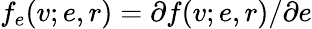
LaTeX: f_{e}(v;e,r)=\partial f(v;e,r)/\partial e